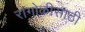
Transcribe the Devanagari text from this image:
रांगोळीसाठी